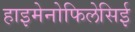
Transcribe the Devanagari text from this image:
हाइमेनोफिलेसिई